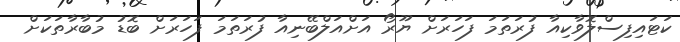
ކަޓައިފިސްލޮވާކިއާ ފުރަތަމަ ފަހަރަށް ޔޫރޯ އަށްއަލްބޭނިއާ ފުރަތަމަ ފަހަރަށް ބޮޑު މުބާރާތަކަށް